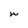
Character: W